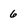
Character: 6